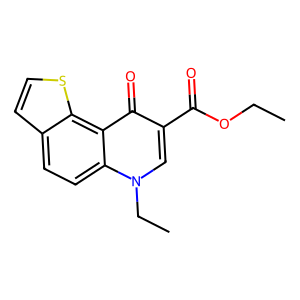
SMILES: CCOC(=O)c1cn(CC)c2ccc3ccsc3c2c1=O
Inhibits HIV replication: No